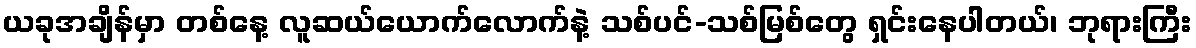
ယခုအချိန်မှာ တစ်နေ့ လူဆယ်ယောက်လောက်နဲ့ သစ်ပင်-သစ်မြစ်တွေ ရှင်းနေပါတယ်၊ ဘုရားကြီး